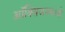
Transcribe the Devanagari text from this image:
ऑक्सिजनमध्ये